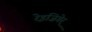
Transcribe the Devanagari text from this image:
रेइज़िगेर्